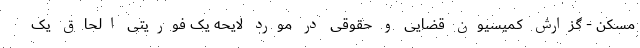
مسکن - گزارش کمیسیون قضایی و حقوقی در مورد لایحه یک فوریتی الحاق یک